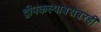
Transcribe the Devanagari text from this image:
द्वीपकल्पाबरोबरही